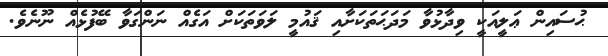
ޙުސައިން ޢަލީއަކީ ވިދާޅުވާ މަދަޙަތަކަށާއި ޤައުމީ ލަވަތަކަށް އަގެއް ނަންގަވާ ބޭފުޅެއް ނޫނެވެ.